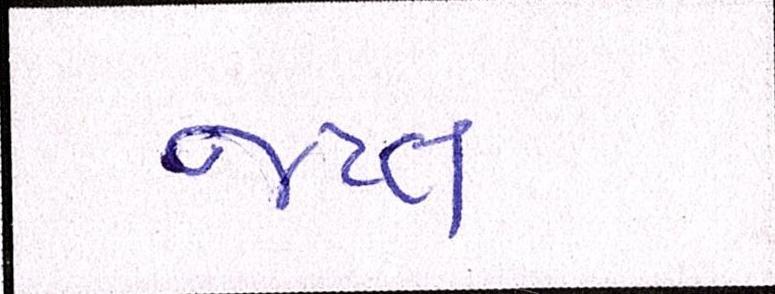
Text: જપ્ત